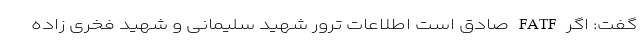
گفت: اگر FATF صادق است اطلاعات ترور شهید سلیمانی و شهید فخری زاده